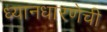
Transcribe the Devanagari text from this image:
ध्यानधारणेची